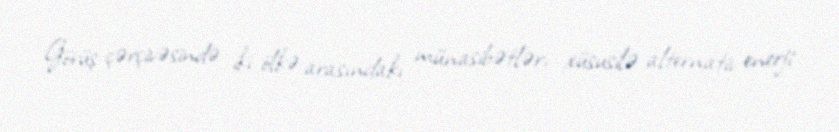
Görüş çərçivəsində iki ölkə arasındakı münasibətlər, xüsusilə alternativ enerji